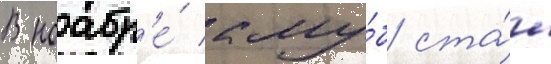
В ноабр'е́ клу́б ста́л